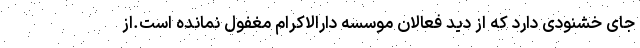
جای خشنودی دارد که از دید فعالان موسسه دارالاکرام مغفول نمانده است.از